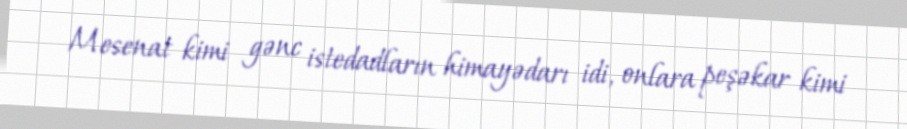
Mesenat kimi gənc istedadların himayədarı idi, onlara peşəkar kimi